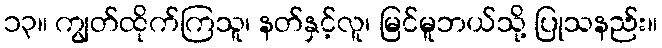
၁၃။ ကျွတ်ထိုက်ကြသူ၊ နတ်နှင့်လူ၊ မြင်မူဘယ်သို့ ပြုသနည်း။